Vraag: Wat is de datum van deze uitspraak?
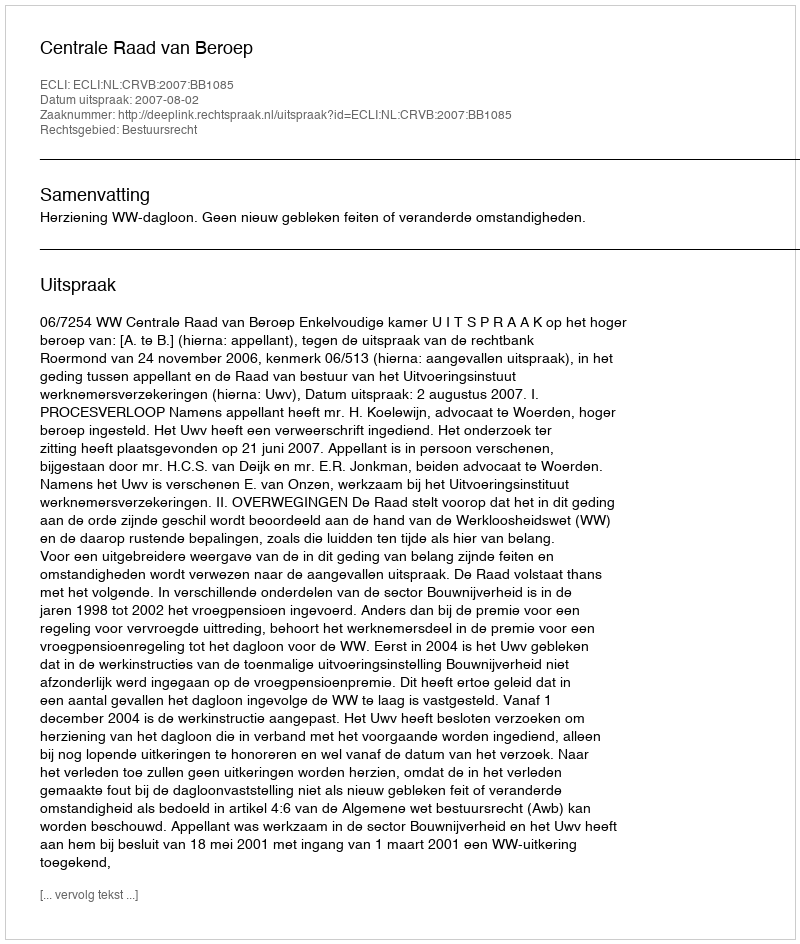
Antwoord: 2007-08-02